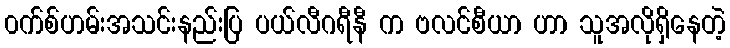
၀က်စ်ဟမ်းအသင်းနည်းပြ ပယ်လီဂရီနီ က ဗလင်စီယာ ဟာ သူအလိုရှိနေတဲ့